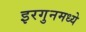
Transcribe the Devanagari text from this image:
इरगुनमध्ये